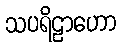
သပရိဠာဟော